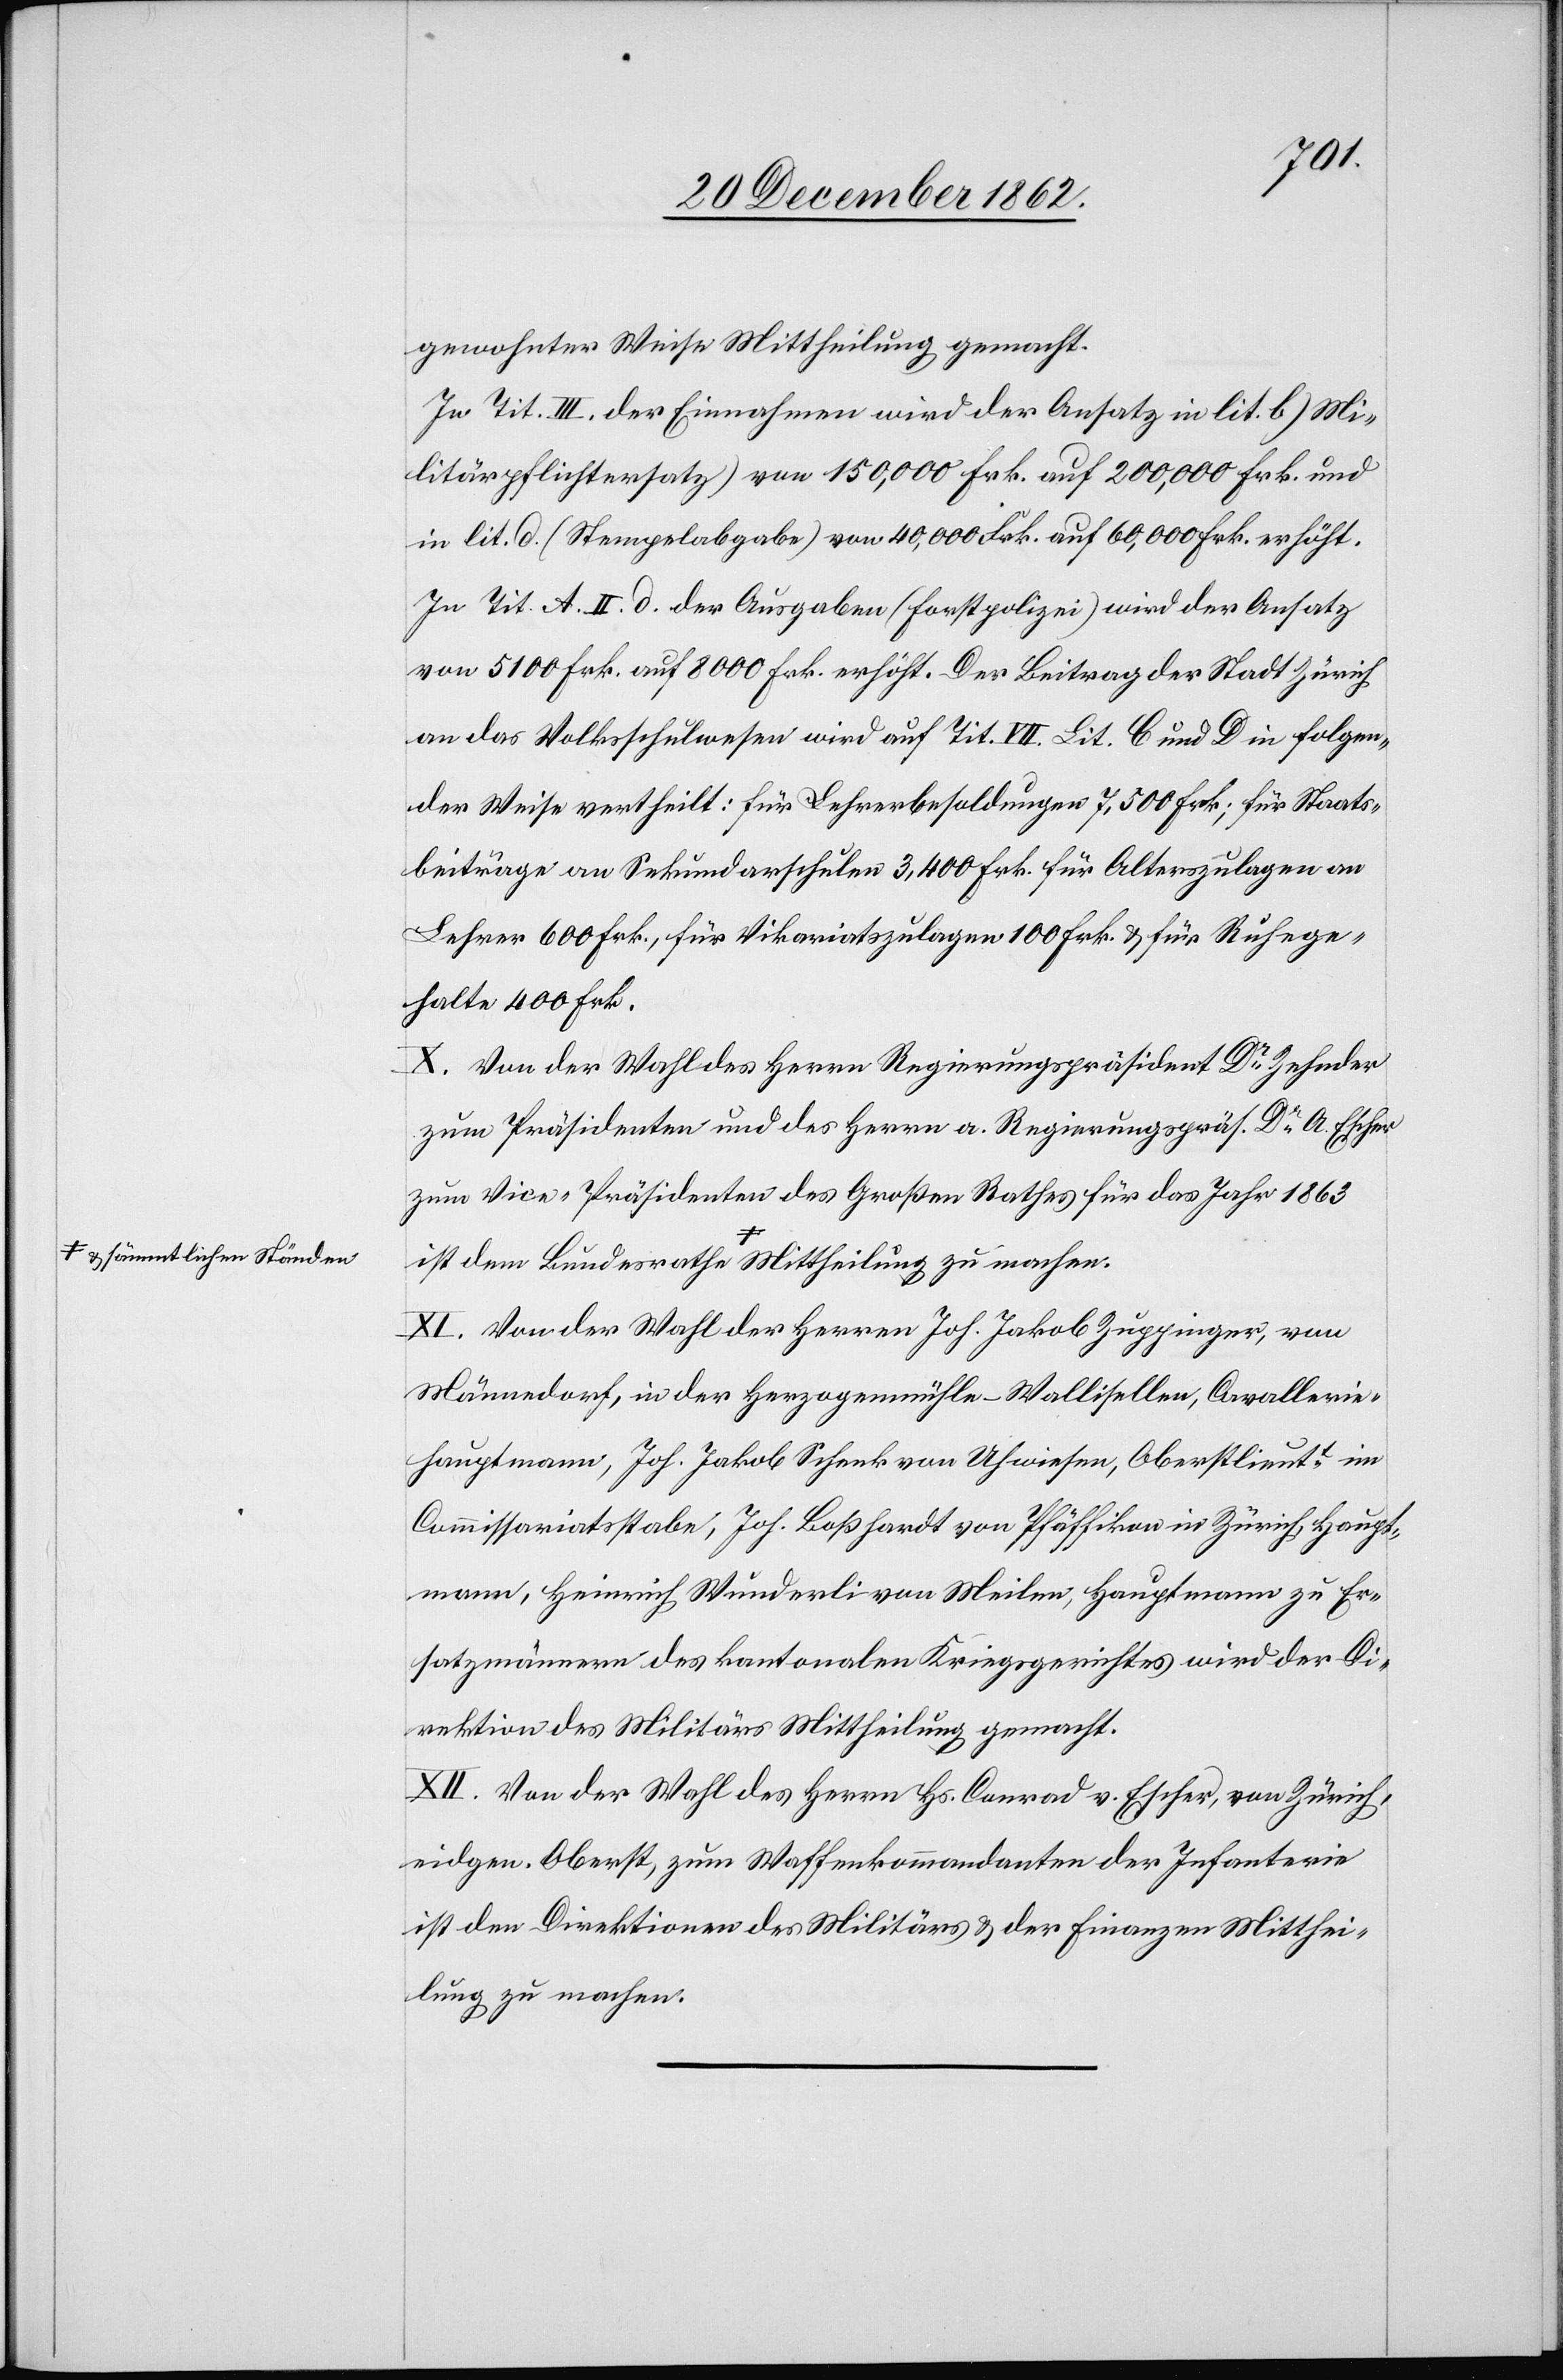
thei¬
gewohnter Weise Mittheilung gemacht.
In Tit. III der Einnahmen wird der Ansatz in lit. b) [(]Mi¬
litärpflichtersatz) von 150,000 Frk. auf 200,000 Frk. und
in lit. d (Stempelabgabe) von 40,000 Frk. auf 60,000 Frk. erhöht.
In Tit. A. II. d. der Ausgaben (Forstpolizei) wird der Ansatz
von 5100 Frk. auf 8000 Frk. erhöht. Der Beitrag der Stadt Zürich
an das Volksschulwesen wird auf Tit. VII Lit. C und D in folgen¬
der Weise vertheilt: für Lehrerbesoldungen 7,500 Frk; für Staats¬
beiträge an Sekundarschulen 3,400 Frk. für Alterszulagen an
Lehrer 600 Frk., für Vikariatszulagen 100 Frk. u. für Ruhege¬
halte 400 Frk.
X. Von der Wahl des Herrn Regierungspräsident Dr Zehnder
zum Präsidenten und des Herrn a. Regierungspräs. Dr A. Escher
zum Vice-Präsidenten des Großen Rathes für das Jahr 1863
ist dem Bundesrathe a-u. sämmtlichen Ständen-a
XI. Von der Wahl der Herren Joh. Jakob Zuppinger, von
Männedorf, in der Herzogenmühle-Wallisellen, Cavallerie¬
hauptmann, Joh. Jakob Schenk von Uhwiesen, Oberstlieutt im
Commissariatsstabe, Johs. Boßhardt von Pfäffikon in Zürich, Haupt¬
mann, Heinrich Wunderli von Meilen, Hauptmann zu Er¬
satzmännern des kantonalen Kriegsgerichtes wird der Di¬
rektion des Militärs Mittheilung gemacht.
XII. Von der Wahl des Herrn Hs. Conrad v. Escher, von Zürich,
eidgen. Oberst, zum Waffenkommandanten der Infanterie
ist den Direktionen des Militärs u. der Finanzen Mitthei¬
lung zu machen.